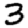
Digit: 3